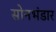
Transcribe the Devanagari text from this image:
सोनभंडार